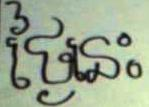
ថ្ងៃនេះ